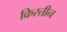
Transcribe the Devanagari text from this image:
क्रिस्तीन